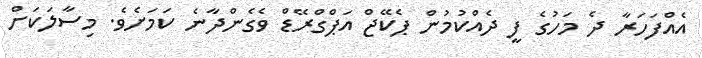
އެއްފަހަރާ ދެ މަހުގެ ފީ ދެއްކުމުން ޕެކޭޖް އަޕްގްރޭޑް ވެގެންދާނެ ކަމަށެވެ. މިސާލަކަށް